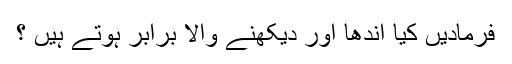
فرمادیں کیا اندھا اور دیکھنے والا برابر ہوتے ہیں ؟